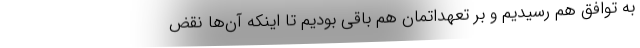
به توافق هم رسیدیم و بر تعهداتمان هم باقی بودیم تا اینکه آن‌ها نقض